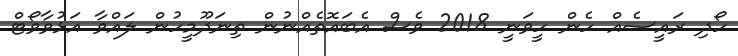
ހޯދި ރައީސެއް ހެން ހީވަނީ 2018 ވެސް އެބައޮތެއްނުން ތިނަދޫމީހުން ލައްވާ އަޅުވާވޯޓް